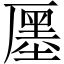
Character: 𠪨